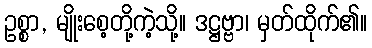
ဥစ္စာ, မျိုးစေ့တို့ကဲ့သို့။ ဒဋ္ဌဗ္ဗာ၊ မှတ်ထိုက်၏။